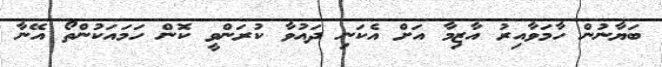
ބަޔާނުން ހާމަވާއިރު އާޒިމާ އަށް އެކަނި ދައުވާ ކުރަންވީ ކޮން ހަމައަކުންތޯ އޭނާ